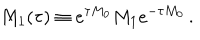
M _ { 1 } ( \tau ) \equiv e ^ { \tau M _ { 0 } } M _ { 1 } e ^ { - \tau M _ { 0 } } \, .